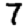
Digit: 7